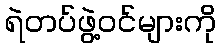
ရဲတပ်ဖွဲ့ဝင်များကို